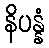
နိပန္နံ